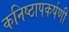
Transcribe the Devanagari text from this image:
कनिष्ठापकर्षणी